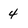
Character: 4